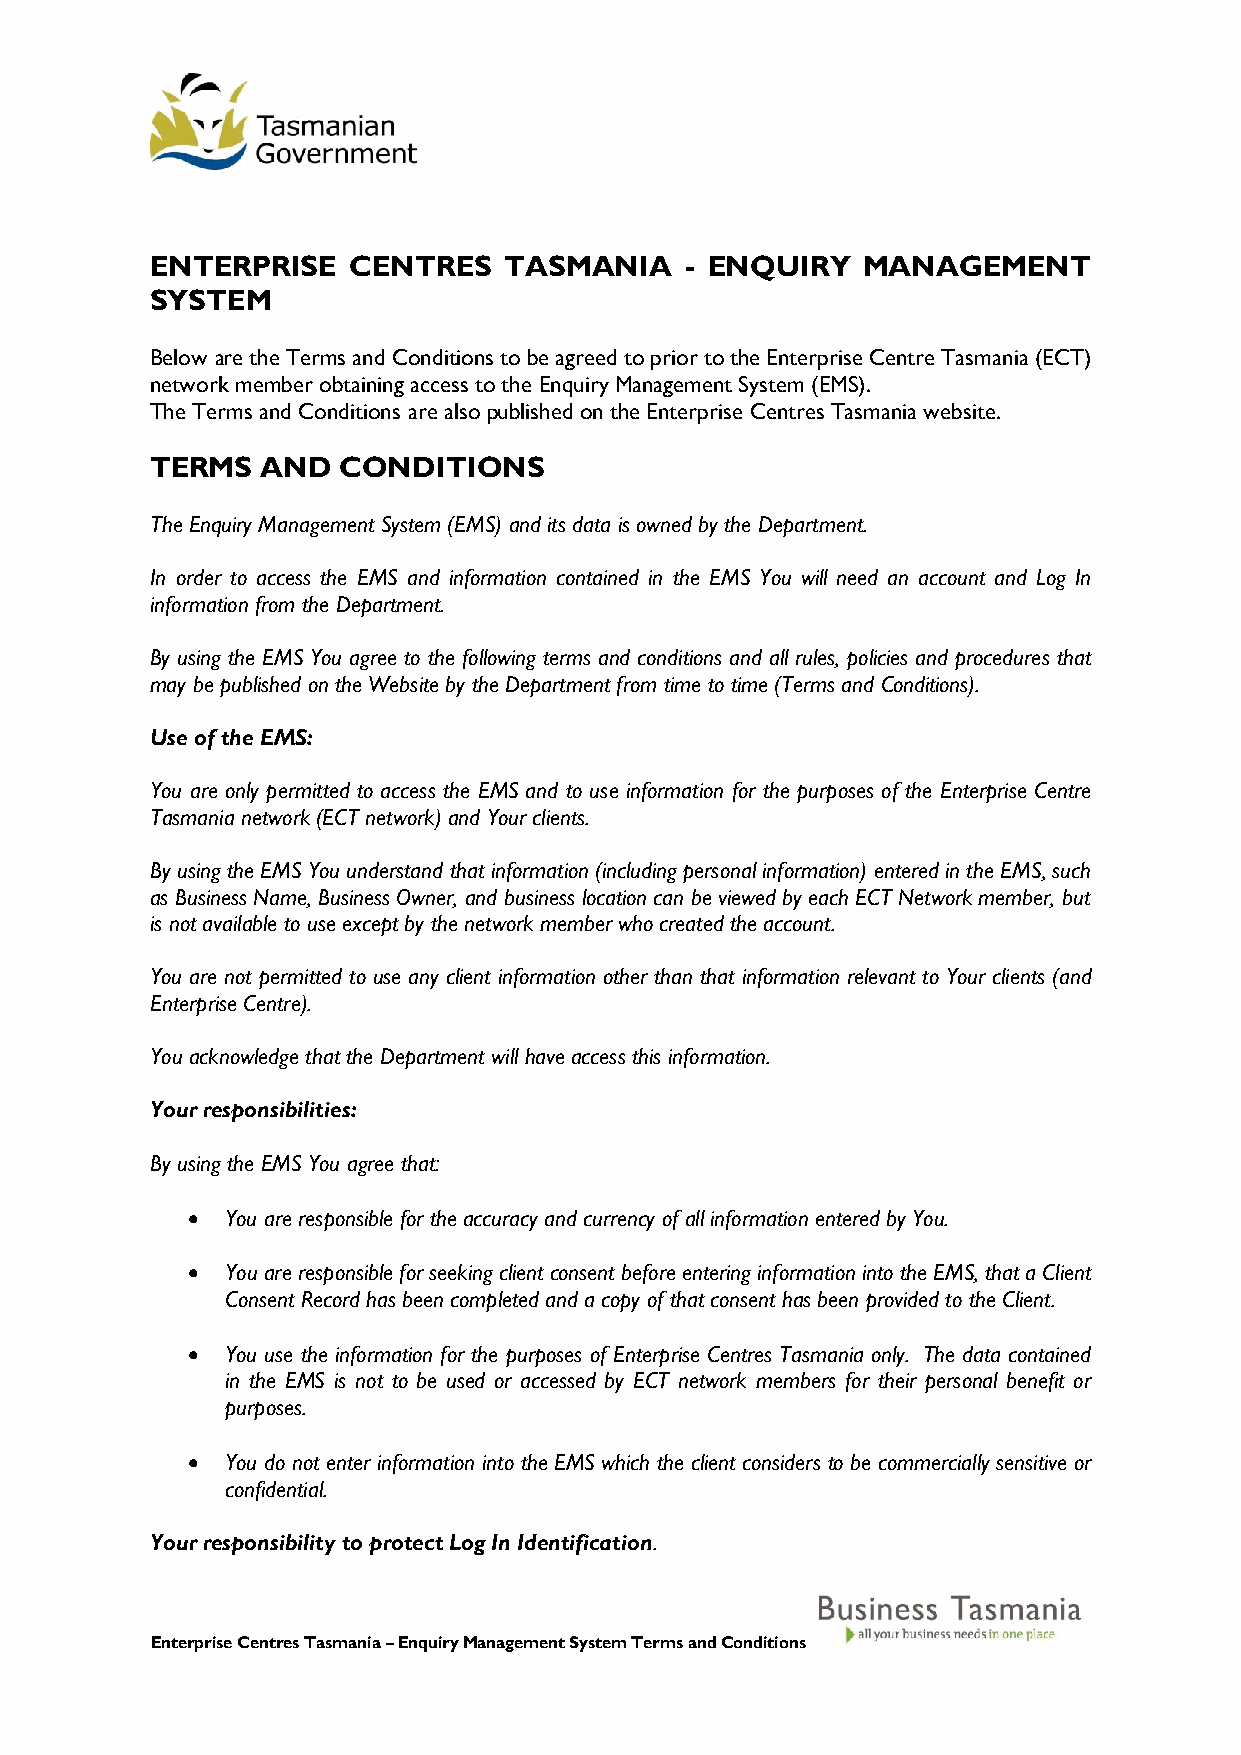
ENTERPRISE   CENTRES   TASMANIA    - ENQUIRY   MANAGEMENT
 SYSTEM
 Below are the Terms and Conditions to be agreed to prior to the Enterprise Centre Tasmania (ECT)
 network member obtaining access to the Enquiry Management System (EMS).
 The Terms and Conditions are also published on the Enterprise Centres Tasmania website.
 TERMS  AND   CONDITIONS
 The Enquiry Management System (EMS) and its data is owned by the Department.
 In order to access the EMS and information contained in the EMS You will need an account and Log In
 information from the Department.
 By using the EMS You agree to the following terms and conditions and all rules, policies and procedures that
 may be published on the Website by the Department from time to time (Terms and Conditions).
 Use of the EMS:
 You are only permitted to access the EMS and to use information for the purposes of the Enterprise Centre
 Tasmania network (ECT network) and Your clients.
 By using the EMS You understand that information (including personal information) entered in the EMS, such
 as Business Name, Business Owner, and business location can be viewed by each ECT Network member, but
 is not available to use except by the network member who created the account.
 You are not permitted to use any client information other than that information relevant to Your clients (and
 Enterprise Centre).
 You acknowledge that the Department will have access this information.
 Your responsibilities:
 By using the EMS You agree that:
   You are responsible for the accuracy and currency of all information entered by You.
   You are responsible for seeking client consent before entering information into the EMS, that a Client
 Consent Record has been completed and a copy of that consent has been provided to the Client.
   You use the information for the purposes of Enterprise Centres Tasmania only. The data contained
 in the EMS is not to be used or accessed by ECT network members for their personal benefit or
 purposes.
   You do not enter information into the EMS which the client considers to be commercially sensitive or
 confidential.
 Your responsibility to protect Log In Identification.
 Enterprise Centres Tasmania – Enquiry Management System Terms and Conditions